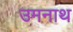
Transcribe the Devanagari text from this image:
उमनाथ